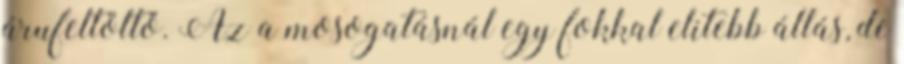
árufeltöltő. Az a mosogatásnál egy fokkal elitebb állás, de